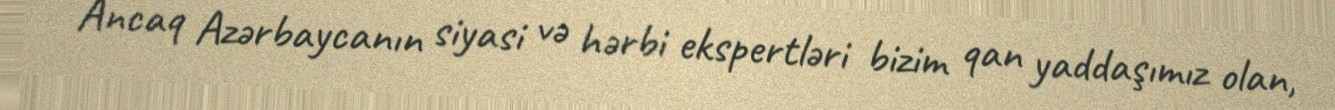
Ancaq Azərbaycanın siyasi və hərbi ekspertləri bizim qan yaddaşımız olan,